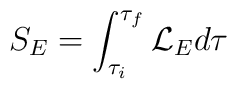
S_E = \int^{\tau_f}_{\tau_i} {\cal L}_E d\tau